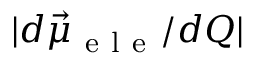
| d \vec { \mu } _ { \mathrm { ~ e ~ l ~ e ~ } } / d Q |